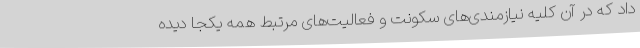
داد که در آن کلیه نیازمندی‌های سکونت و فعالیت‌های مرتبط همه یکجا دیده